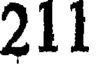
211